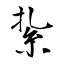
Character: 紥